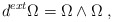
\begin{align*}d^{ext} \Omega = \Omega \wedge \Omega\;,\end{align*}